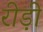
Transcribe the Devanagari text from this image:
रीड़ी